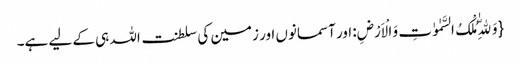
{وَ لِلّٰهِ مُلْکُ السَّمٰوٰتِ وَ الْاَرْضِ: اور آسمانوں اور زمین کی سلطنت اللہ ہی کے لیے ہے۔